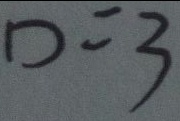
D = 3